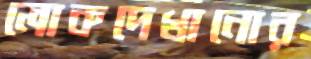
লোকদেখানোর